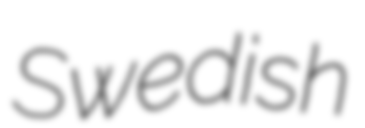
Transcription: Swedish